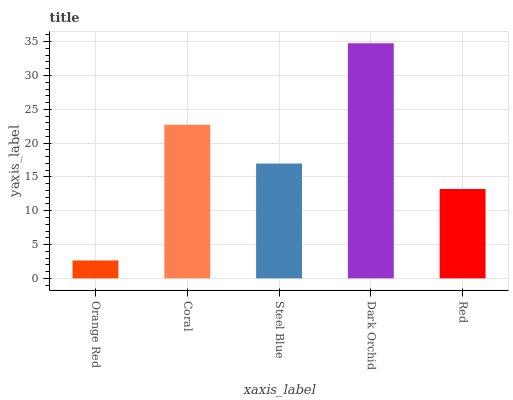
| xaxis_label | bars |
 | --- | --- |
 | Orange Red | 2.64 |
 | Coral | 22.7 |
 | Steel Blue | 17 |
 | Dark Orchid | 34.8 |
 | Red | 13.2 |